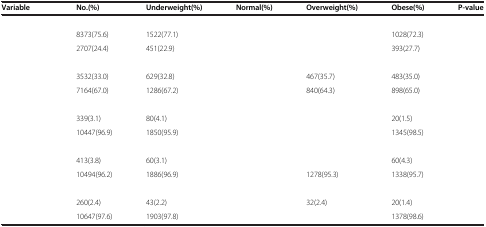
<table><thead><tr><td><b>Variable</b></td><td><b>No.(%)</b></td><td><b>Underweight(%)</b></td><td><b>Normal(%)</b></td><td><b>Overweight(%)</b></td><td><b>Obese(%)</b></td><td><b>P-value</b></td></tr></thead><tbody><tr><td>[EMPTY_CELL]</td><td>[EMPTY_CELL]</td><td>[EMPTY_CELL]</td><td>[EMPTY_CELL]</td><td>[EMPTY_CELL]</td><td>[EMPTY_CELL]</td><td>[EMPTY_CELL]</td></tr><tr><td>[EMPTY_CELL]</td><td>8373(75.6)</td><td>1522(77.1)</td><td>[EMPTY_CELL]</td><td>[EMPTY_CELL]</td><td>1028(72.3)</td><td>[EMPTY_CELL]</td></tr><tr><td>[EMPTY_CELL]</td><td>2707(24.4)</td><td>451(22.9)</td><td>[EMPTY_CELL]</td><td>[EMPTY_CELL]</td><td>393(27.7)</td><td>[EMPTY_CELL]</td></tr><tr><td>[EMPTY_CELL]</td><td>[EMPTY_CELL]</td><td>[EMPTY_CELL]</td><td>[EMPTY_CELL]</td><td>[EMPTY_CELL]</td><td>[EMPTY_CELL]</td><td>[EMPTY_CELL]</td></tr><tr><td>[EMPTY_CELL]</td><td>3532(33.0)</td><td>629(32.8)</td><td>[EMPTY_CELL]</td><td>467(35.7)</td><td>483(35.0)</td><td>[EMPTY_CELL]</td></tr><tr><td>[EMPTY_CELL]</td><td>7164(67.0)</td><td>1286(67.2)</td><td>[EMPTY_CELL]</td><td>840(64.3)</td><td>898(65.0)</td><td>[EMPTY_CELL]</td></tr><tr><td>[EMPTY_CELL]</td><td>[EMPTY_CELL]</td><td>[EMPTY_CELL]</td><td>[EMPTY_CELL]</td><td>[EMPTY_CELL]</td><td>[EMPTY_CELL]</td><td>[EMPTY_CELL]</td></tr><tr><td>[EMPTY_CELL]</td><td>339(3.1)</td><td>80(4.1)</td><td>[EMPTY_CELL]</td><td>[EMPTY_CELL]</td><td>20(1.5)</td><td>[EMPTY_CELL]</td></tr><tr><td>[EMPTY_CELL]</td><td>10447(96.9)</td><td>1850(95.9)</td><td>[EMPTY_CELL]</td><td>[EMPTY_CELL]</td><td>1345(98.5)</td><td>[EMPTY_CELL]</td></tr><tr><td>[EMPTY_CELL]</td><td>[EMPTY_CELL]</td><td>[EMPTY_CELL]</td><td>[EMPTY_CELL]</td><td>[EMPTY_CELL]</td><td>[EMPTY_CELL]</td><td>[EMPTY_CELL]</td></tr><tr><td>[EMPTY_CELL]</td><td>413(3.8)</td><td>60(3.1)</td><td>[EMPTY_CELL]</td><td>[EMPTY_CELL]</td><td>60(4.3)</td><td>[EMPTY_CELL]</td></tr><tr><td>[EMPTY_CELL]</td><td>10494(96.2)</td><td>1886(96.9)</td><td>[EMPTY_CELL]</td><td>1278(95.3)</td><td>1338(95.7)</td><td>[EMPTY_CELL]</td></tr><tr><td>[EMPTY_CELL]</td><td>[EMPTY_CELL]</td><td>[EMPTY_CELL]</td><td>[EMPTY_CELL]</td><td>[EMPTY_CELL]</td><td>[EMPTY_CELL]</td><td>[EMPTY_CELL]</td></tr><tr><td>[EMPTY_CELL]</td><td>260(2.4)</td><td>43(2.2)</td><td>[EMPTY_CELL]</td><td>32(2.4)</td><td>20(1.4)</td><td>[EMPTY_CELL]</td></tr><tr><td>[EMPTY_CELL]</td><td>10647(97.6)</td><td>1903(97.8)</td><td>[EMPTY_CELL]</td><td>[EMPTY_CELL]</td><td>1378(98.6)</td><td>[EMPTY_CELL]</td></tr></tbody></table>